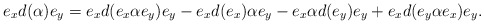
\begin{align*} e_xd(\alpha)e_y=e_xd(e_x\alpha e_y)e_y-e_xd(e_x)\alpha e_y-e_x\alpha d(e_y)e_y+e_xd(e_y\alpha e_x)e_y. \end{align*}